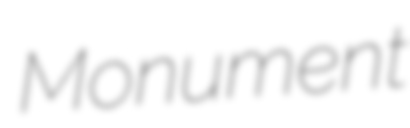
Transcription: Monument